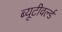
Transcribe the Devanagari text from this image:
ब्यूटीवर्ल्ड